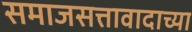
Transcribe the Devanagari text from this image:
समाजसत्तावादाच्या